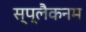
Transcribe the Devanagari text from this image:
स्प्लैकनम